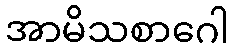
အာမိသစာဂေါ